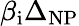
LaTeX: \beta_{\mathrm{i}}\Delta_{\mathrm{NP}}